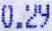
0.29